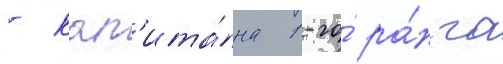
- кап'ита́на 1-го́ ра́нга